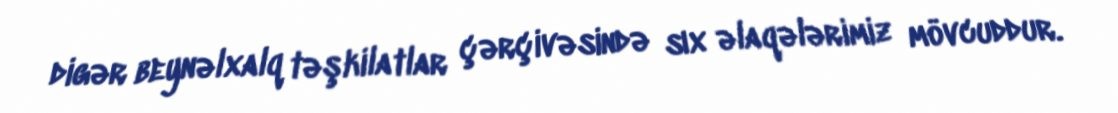
digər beynəlxalq təşkilatlar çərçivəsində sıx əlaqələrimiz mövcuddur.